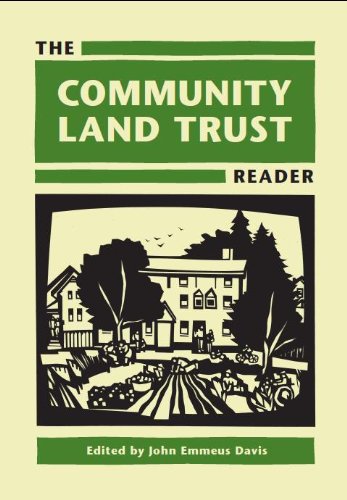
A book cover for The Community Land Trust Reader; Law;